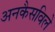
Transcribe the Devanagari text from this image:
अनकैसविले